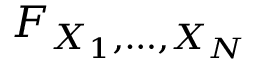
F _ { X _ { 1 } , \ldots , X _ { N } }